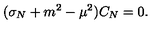
( \sigma _ { N } + m ^ { 2 } - \mu ^ { 2 } ) C _ { N } = 0 .